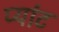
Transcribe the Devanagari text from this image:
प्यांट